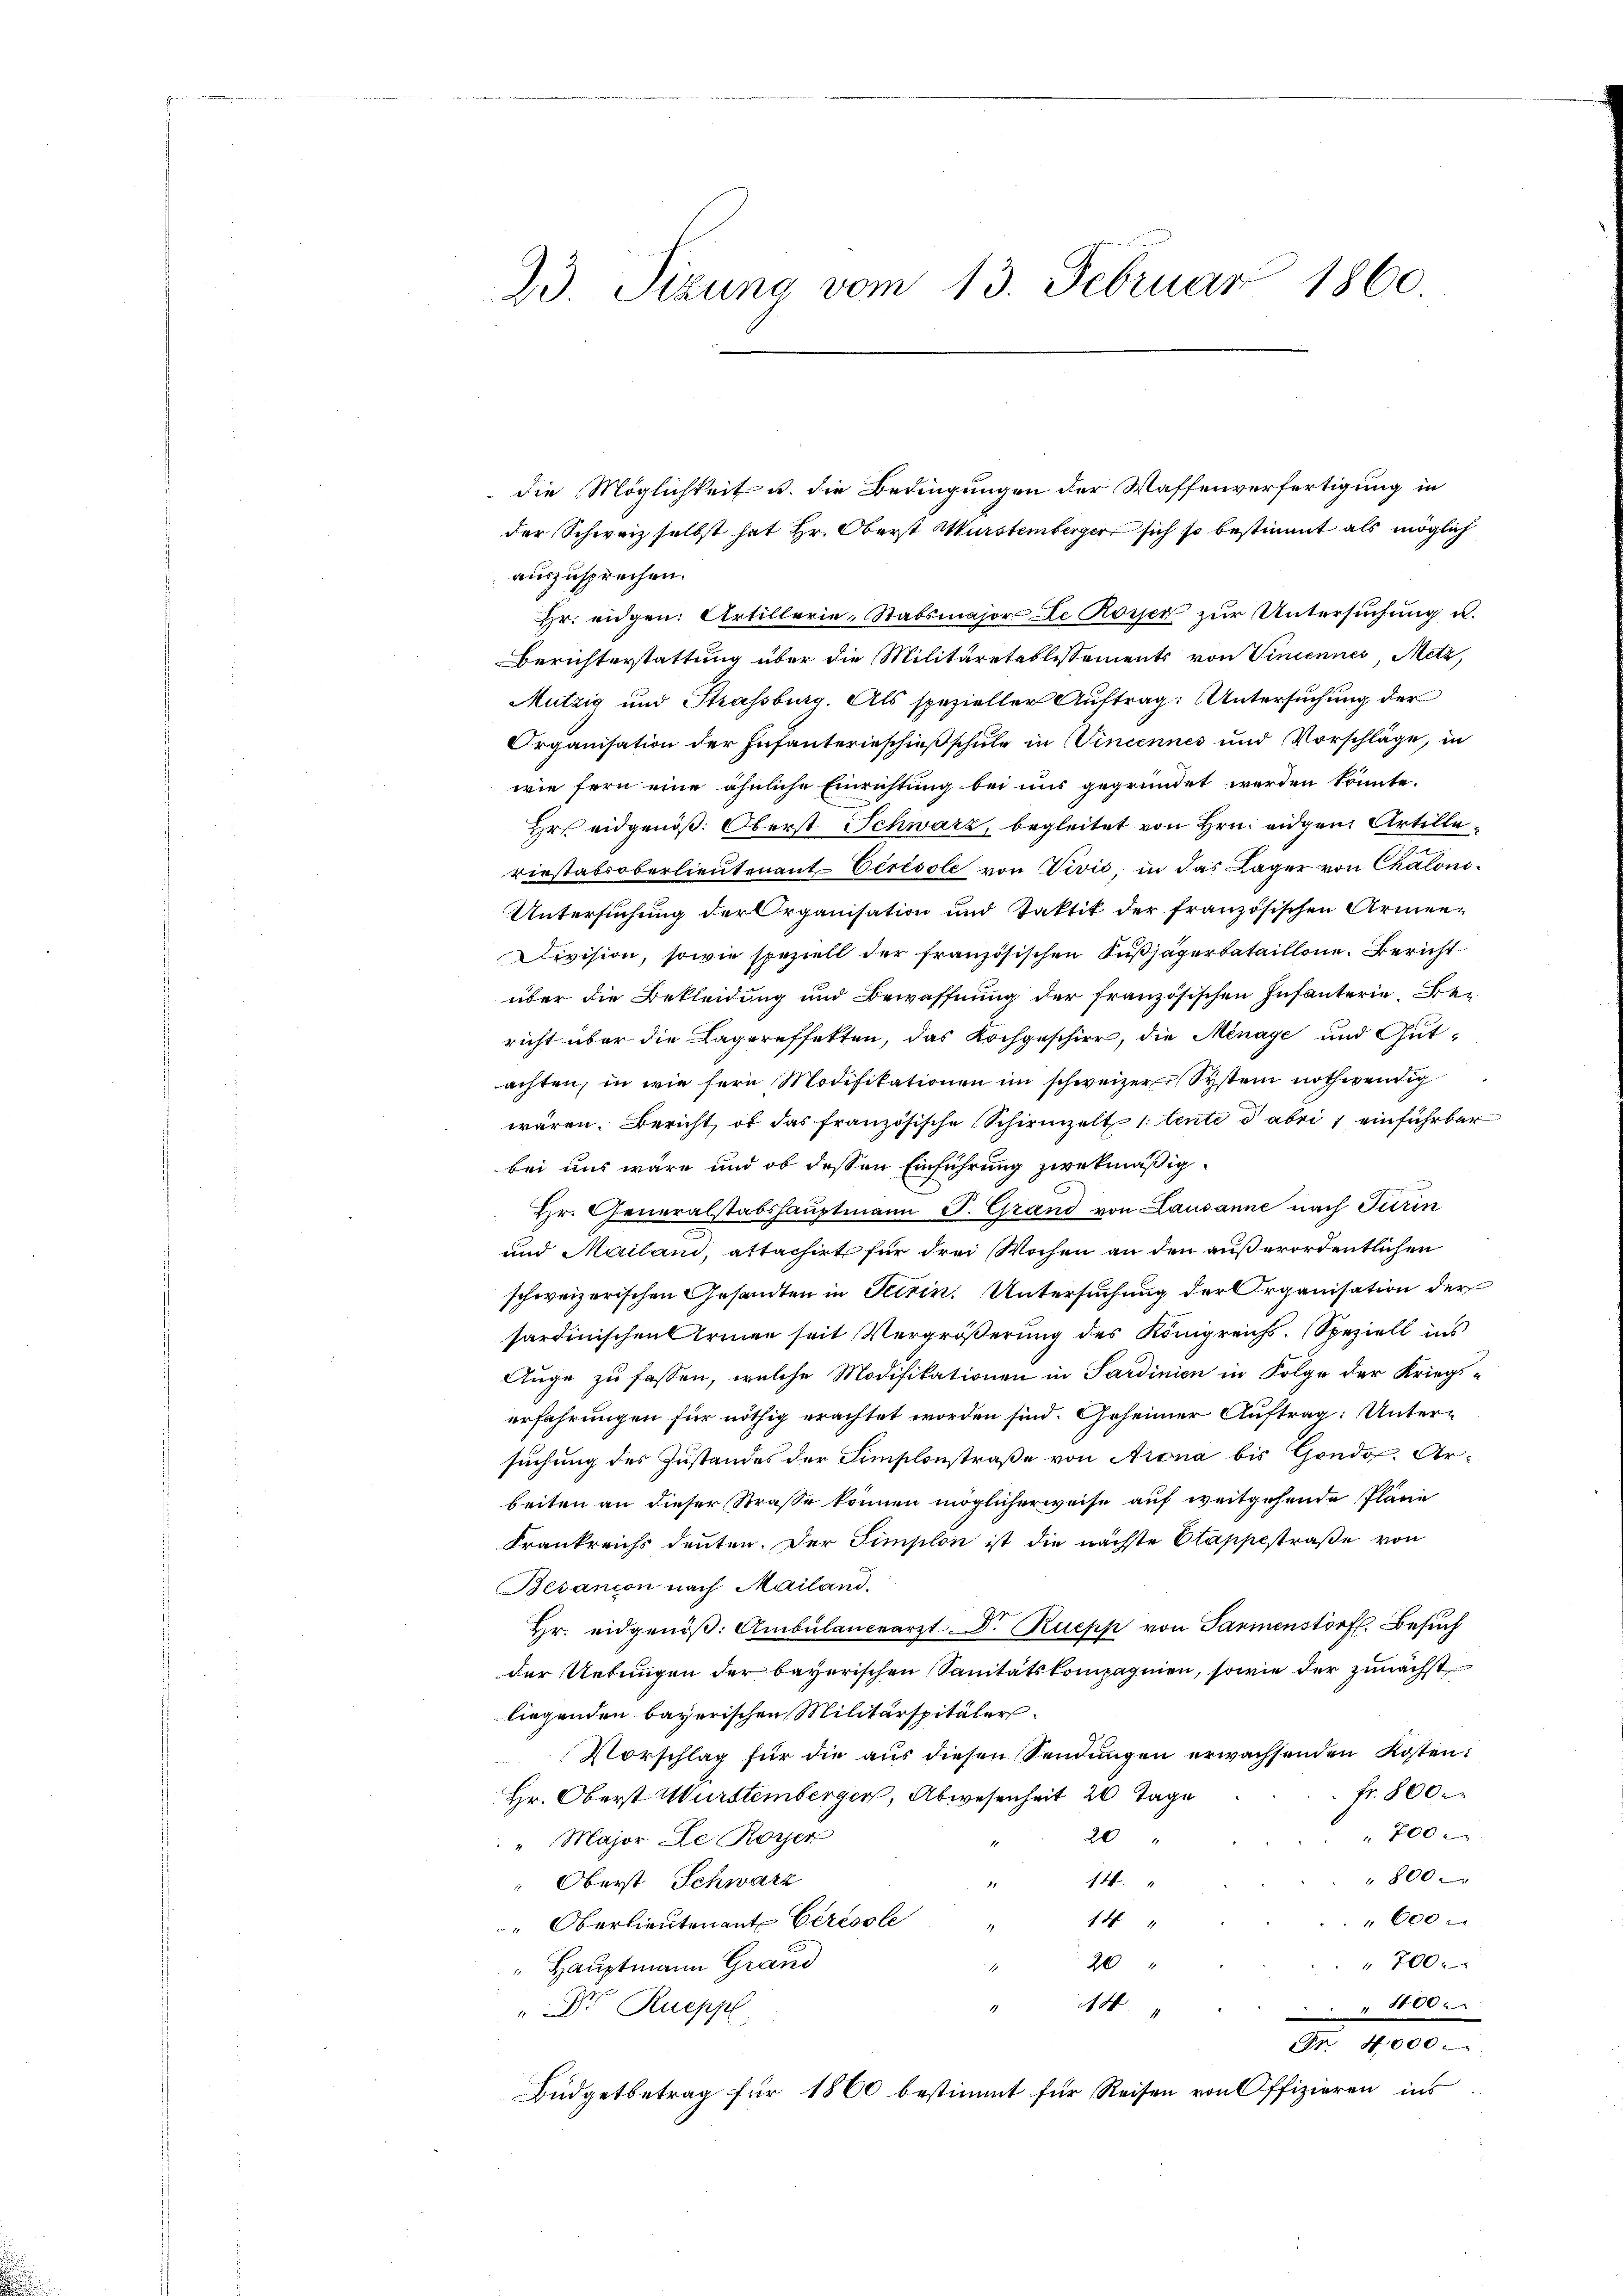
die Möglichkeit u. die Bedingungen der Waffenverfertigung in
der Schweiz selbst hat Hr. Oberst Murstemberger sich so bestimmt als möglich
auszusprechen.
Hr. eidgen. Artillerie-Stabsmajor Le Rosser zur Untersuchung u.
Berichterstattung über die Militärrtablissements von Vincennes, Metz,
Mutzig und Strassburg. Als spezieller Auftrag: Untersuchung der
Organisation der Infanterieschießschule in Vincennes und Vorschläge, in
wie fern eine ähnliche Einrichtung bei uns gegründet werden könnte.
Hr. eidgenöß. Oberst Schwarz, begleitet von Hrn. eidgen Artilleriestabsoberlieutenant Oerisole von Vivić, in das Lager von Chalons¬
Untersuchung der Organisation und Taktik der französischen Armen-
Division, sowie speziell der französischen Fußjägerbataillone. Bericht
über die Bekleidung und Bewaffnung der französischen Infanterie. Bericht über die Lagereffekten, das Kochgeschirr, die Menage und Gutachten, in wie fern Modifikationen im schweizer System nothwendig
wären. Bericht, ob das französische Schirmzelt 1 tente dabei einführbar
bei uns wäre und ob dessen Einführung zwekmäßig
Hr. Generalstabshauptmann J. Grand von Lausanne nach Turin
und Mailand, attachirt für drei Wochen an den außerordentlichen
schweizerischen Gesandten in Firin. Untersuchung der Organisation der
sardinischen Armen seit Vergrößerung des Königreichs. Speziell ins
Auge zu fassen, welche Modifikationen in Sardinien in Folge der Kriegserfahrungen für nöthig erachtet worden sind. Geheimer Auftrag: Untersuchung des Zustandes der Simplonstraße von Arona bis Gondo. Arbeiten an dieser Strasse können möglicherweise auf weitgehende Pläne
Frankreichs deuten. Der Simplon ist die nächste Stappestraße von
Besanion nach Mailand.
Hr. eidgenöβ. Ambülancearzt Dr. Ruepp von Parinenstorf. Besuch
der Uebungen der bayerischen Sanitätskompagnien, sowie der zunächst
liegenden bayerischen Militärspitäler
Vorschlag für die aŭs diesen Sendŭngen erwachsenden Kosten:
Fr. 800
Hr. Oberst Württemberger, Abwesenheit 20 Tage
700
20 "
" Major de Royer
800
14
Oberst Schwarz
600
14
" Oberlieutenant Ceressle
20
700.
Hauptmann Grand
14
" Dr. Rueppl
1000.
Nr. 4000.
Büdgetbetrag für 1860 bestimmt für Reisen von Offizieren ins

23 Sizung vom 13. Februar 1860